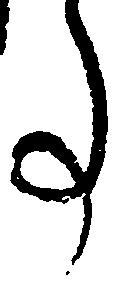
事